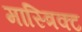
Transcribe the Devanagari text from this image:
मास्त्रिक्ट